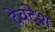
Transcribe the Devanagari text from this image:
देवदेश